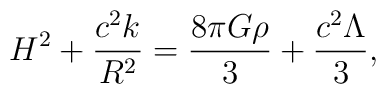
H^2+\frac{c^2k}{R^2}=\frac{8\pi G\rho}{3}+\frac{c^2\Lambda}{3},